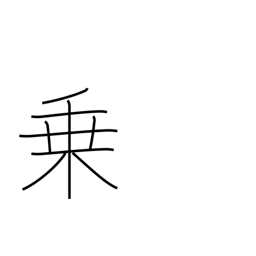
Meaning: power